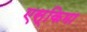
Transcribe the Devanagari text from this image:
एस्किमा